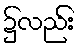
၌လည်း